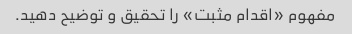
مفهوم «اقدام مثبت» را تحقیق و توضیح دهید.